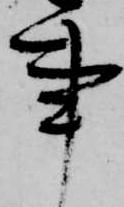
事